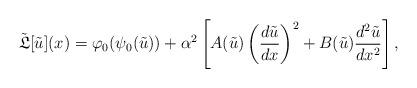
\begin{align*} \tilde{\mathfrak{L}}[\tilde{u}](x) = \varphi_{0}(\psi_{0}(\tilde{u})) + \alpha^{2}\left[ A(\tilde{u})\left( \frac{d\tilde{u}}{dx} \right)^{2} + B(\tilde{u})\frac{d^{2}\tilde{u}}{dx^{2}} \right], \end{align*}